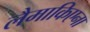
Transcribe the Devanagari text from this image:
लैमाकिएना